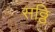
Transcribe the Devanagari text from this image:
सठ्ठि